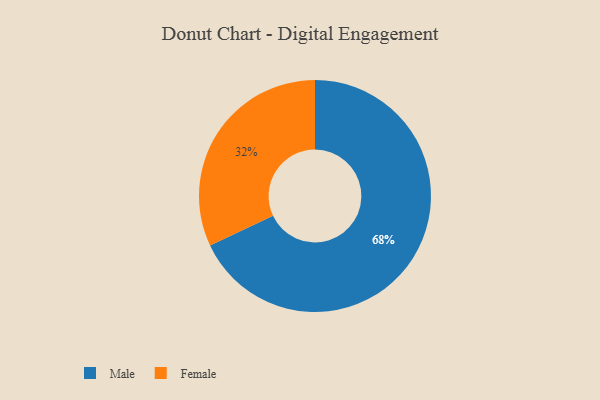
{"axis": {"x": "Category", "y": "Percentage"}, "legend": ["Female", "Male"], "data": [{"x": "Female", "y": 32, "type": "Female"}, {"x": "Male", "y": 68, "type": "Male"}]}